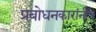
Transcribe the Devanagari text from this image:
प्रबोधनकारांनीच